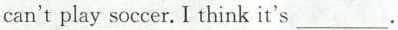
can't play soccer. I think it's___.